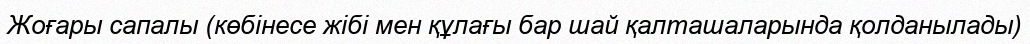
Жоғары сапалы (көбінесе жібі мен құлағы бар шай қалташаларында қолданылады)